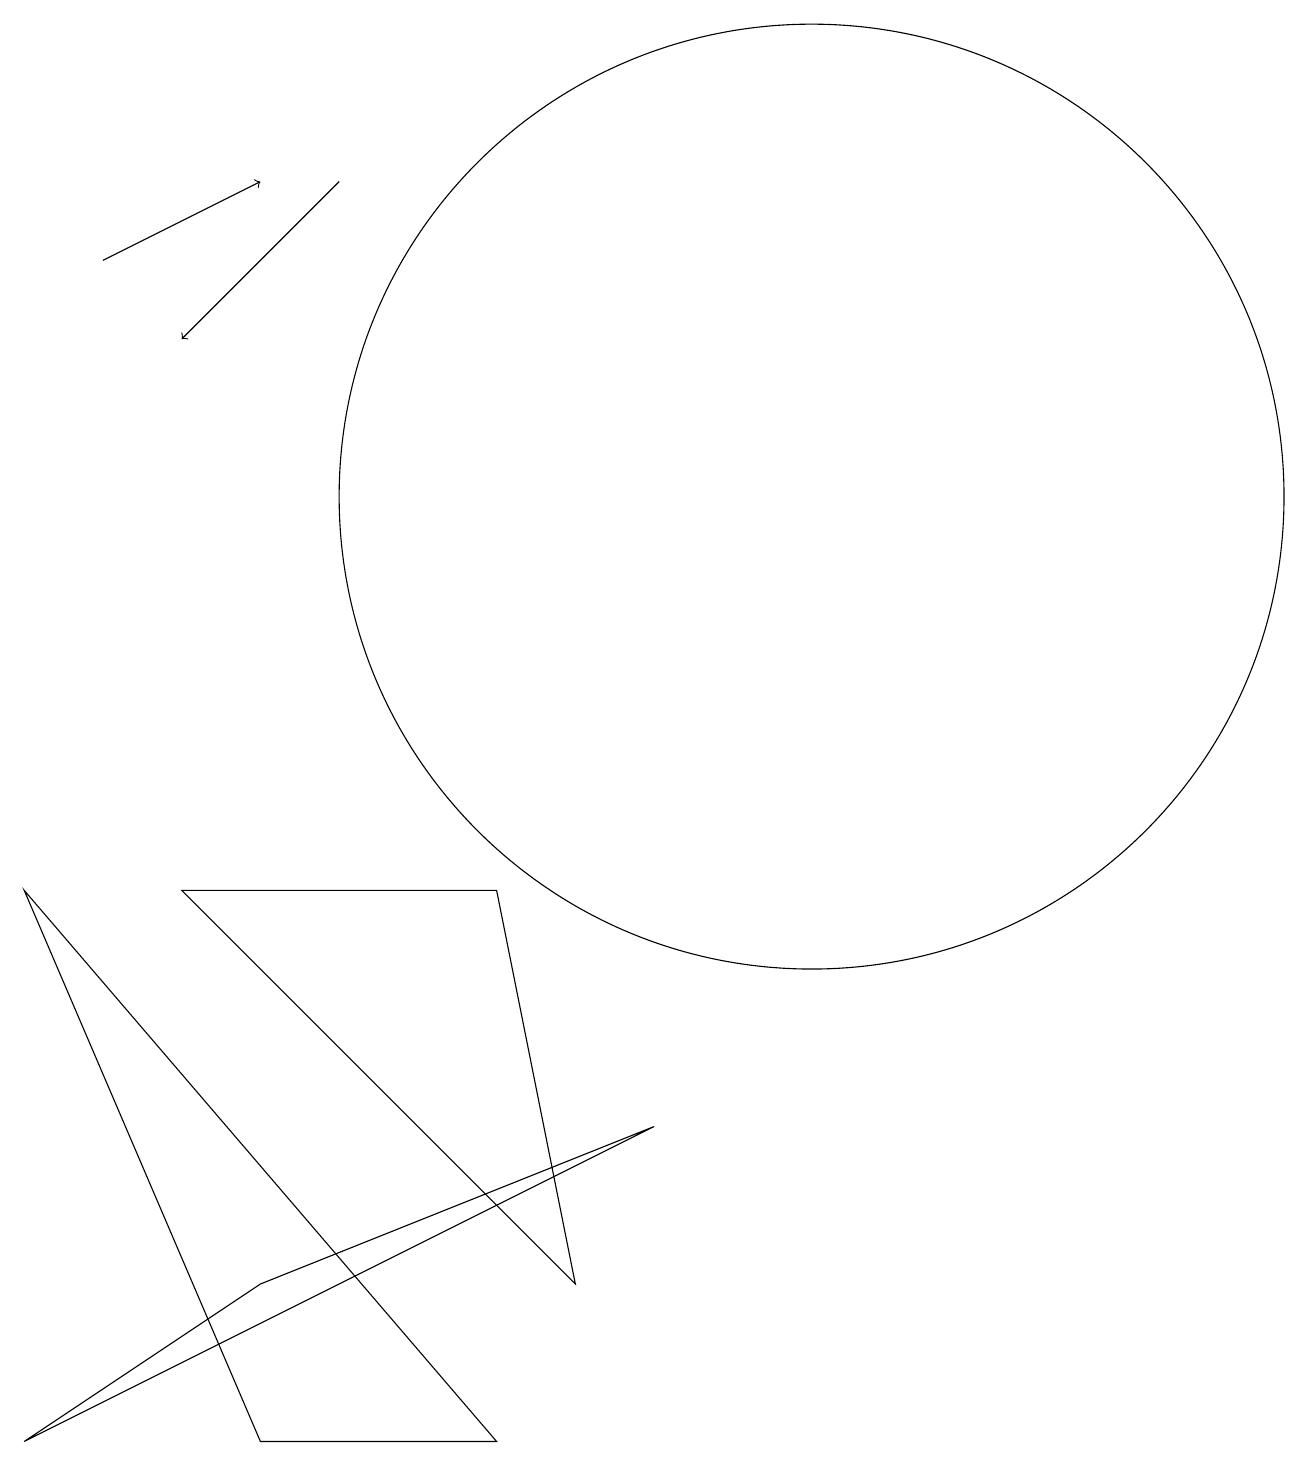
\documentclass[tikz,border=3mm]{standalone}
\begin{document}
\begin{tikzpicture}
\draw[->] (2,15) -- (4,16);
\draw (8,2) -- (3,7) -- (7,7) -- cycle;
\draw (11,12) circle (6);
\draw (4,0) -- (1,7) -- (7,0) -- cycle;
\draw (1,0) -- (9,4) -- (4,2) -- cycle;
\draw[->] (5,16) -- (3,14);
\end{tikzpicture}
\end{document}